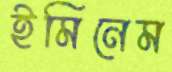
ইমিনেম